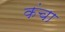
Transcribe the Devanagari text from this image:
कंचा